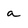
Character: a